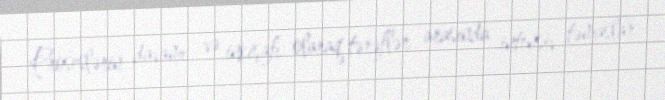
Proseslərin davamı və inkişafı olaraq tərəflər arasında intensiv təmaslar